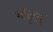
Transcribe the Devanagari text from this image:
भोक्तृत्वं